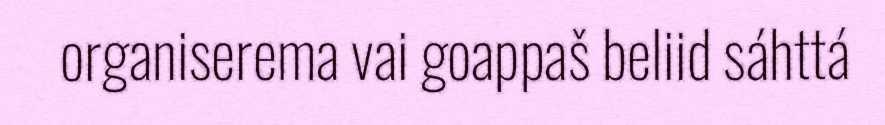
organiserema vai goappaš beliid sáhttá